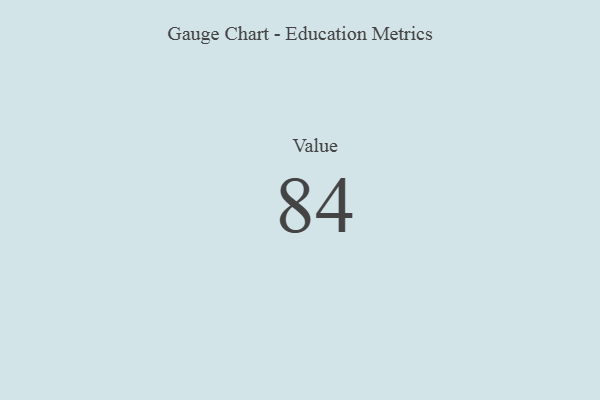
{"axis": {"x": "Metric", "y": "Value"}, "legend": [""], "data": [{"x": "Value", "y": 84, "type": ""}]}